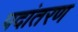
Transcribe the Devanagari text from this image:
पदांतरण